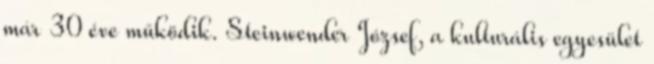
már 30 éve működik. Steinwender József, a kulturális egyesület